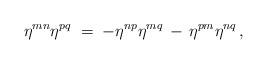
LaTeX: \begin{align*}\eta^{mn}\eta^{pq} \;=\; -\eta^{np}\eta^{mq} \,-\, \eta^{pm}\eta^{nq} \, ,\end{align*}